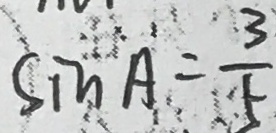
\sin A = \frac { 3 } { 5 }